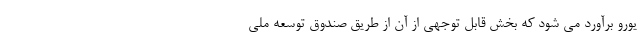
یورو برآورد می شود که بخش قابل توجهی از آن از طریق صندوق توسعه ملی